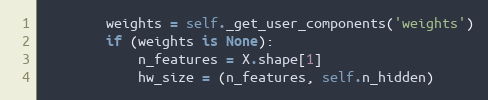
Language: Python
        weights = self._get_user_components('weights')
        if (weights is None):
            n_features = X.shape[1]
            hw_size = (n_features, self.n_hidden)